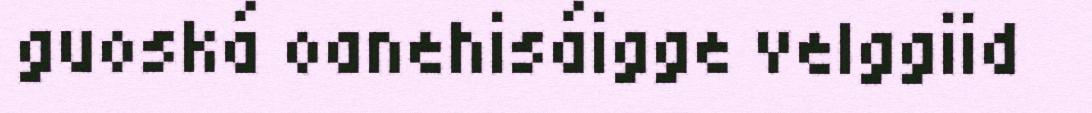
guoská oanehisáigge velggiid